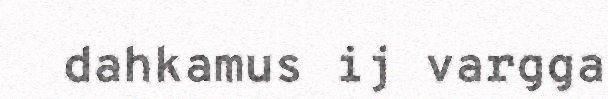
dahkamus ij vargga